Civil Veterinary Dept. Bombay admin report 1893-99 - 1893-1899
Year: 1893
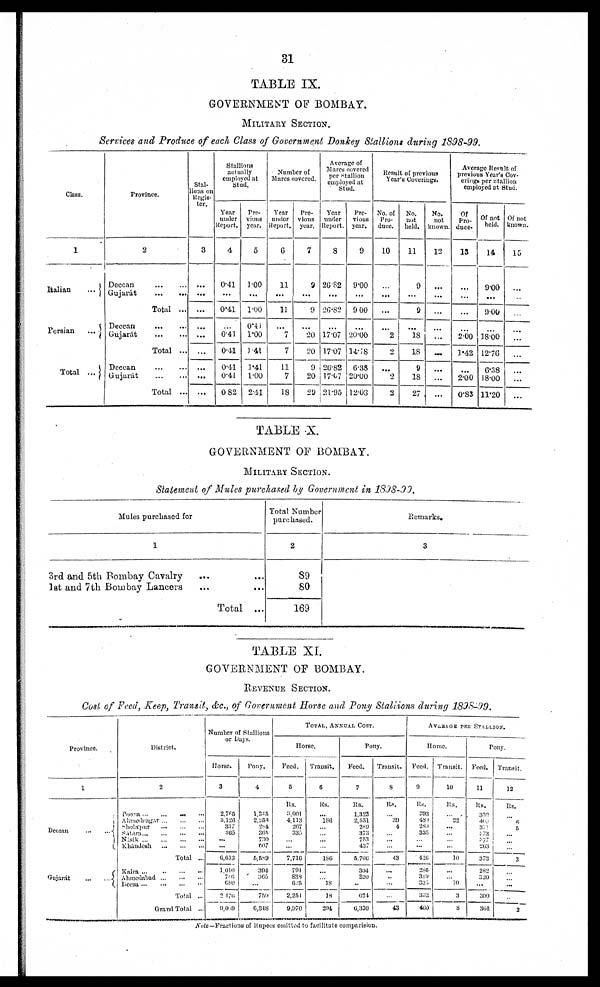
31
TABLE IX.
GOVERNMENT OP BOMBAY.
MILITARY SECTION.
Services and Produce of each Class of Government Donkey Stallions during 1898-99.
Class.
1
Italian
...
Persian
...
Total ...
Province.
2
Deccan
...
...
Gujarát ... ...
Total ...
Deccan
... ...
Gujarát
... ...
Total ...
Deccan
... ...
Gujarát
... ...
Total ...
Stal-
lions on
Register.
3
...
...
...
...
...
...
...
...
...
Stallions
actually
employed at
Stud.
Year
under
Report.
4
0.41
...
0.41
...
0.41
0.41
0.41
0.41
0 82
Pre-
vious
year.
5
1.00
...
1.00
0.41
1.00
1.41
1.41
1.00
2.41
Number of
Mares covered.
Year
under
Report.
6
11
...
11
...
7
7
11
7
18
Pre-
vious
year.
7
9
...
9
...
20
20
9
20
29
Average of
Mares covered
per Stallion
employed at
Stud.
Year
under
Report.
8
26.82
...
26.82
...
17.07
17.07
26.82
17.07
21.95
Pre-
vious
year.
9
9.00
...
900
...
20.00
14.18
6.38
20.00
12.03
Result of previous
Year's Coverings.
No. of
Pro-
duce.
10
...
...
...
...
2
2
...
2
2
No.
not
held.
11
9
...
9
...
18
18
9
18
27
No.
not
known.
12
...
...
...
...
...
...
...
...
...
Average Result of
previous Year's Cov-
erings per Stallion
employed at Stud.
Of
Pro¬
duce.
13
...
...
...
...
2.00
1.42
...
2.00
0.83
Of not
held.
14
9.00
...
900
...
18.00
12.76
6.38
18.00
11.20
Of not
known.
15
...
...
...
...
...
...
...
...
...
TABLE X.
GOVERNMENT OP BOMBAY.
MILITARY SECTION.
Statement of Mules purchased by Government in 1898-99.
Mules purchased for
1
3rd and 5th Bombay Cavalry
......
1st and 7th Bombay Lancers
......
Total ...
Total Number
purchased.
2
89
80
169
Remarks.
3
TABLE XI.
GOVERNMENT OF BOMBAY.
REVENUE SECTION.
Cost of Feed, Keep, Transit, &c., of Government Horse and Pony Stallions during 1898-99.
Province.
1
Deccan
...
...
Gujarát ... ...
District.
2
Poona ... ... ... ...
Ahmednagar ... ... ...
Sholápur
...
...
...
Sátára ... ... ... ...
Násik
...
...
...
...
Khándesh
...
...
...
Total ...
Kairn ... ... ...
Ahmedabad
...
...
...
Deesa ... ... ... ...
Total ...
Grand Total ...
Number of Stallions
or Days.
Horse.
3
2,785
3,126
337
365
...
...
6,613
1,010
756
680
2 476
9,089
Pony.
4
1,345
2,251
284
365
730
607
5,589
394
365 ...
759
6,348
TOTAL, ANNUAL COST.
Horse.
Feed.
5
Rs.
3,001
4,113
267
335
... ...
7,716
791
838
625
2,254
9,970
Transit.
6
Rs.
...
186
...
... ...
...
186
...
... 18
18
204
Pony.
Feed.
7
Rs.
1,323
2,531
289
373
753
437
5,706
304
320
...
624
6,330
Transit.
8
Rs.
...
39
4
... ...
...
43
...
...
...
...
43
AVERAGE PER STALLION.
Horse.
Feed.
9
Rs.
393
480
289
335
...
...
426
286
389
335
332
480
Transit.
10
Rs.
...
22 ...
...
...
...
10
...
... 10
3
8
Pony.
Feed.
11
Rs.
352
405
371
373
377
263
373
282
320
...
300
364
Transit.
12
Rs.
...
6
5
...
...
...
3
...
...
...
...
2
Note—Fractions of Rupees omitted to facilitate comparison.